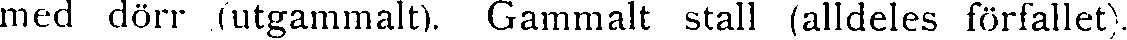
med dörr (utgammalt). Gammalt stall (alldeles förfallet).